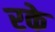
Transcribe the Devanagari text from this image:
रके